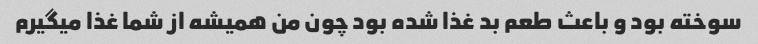
سوخته بود و باعث طعم بد غذا شده بود چون من همیشه از شما غذا میگیرم